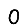
Digit: 0